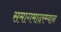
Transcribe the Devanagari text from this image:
समागमादरम्यान